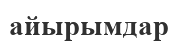
айырымдар